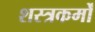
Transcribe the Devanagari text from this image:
शस्त्रकर्मों